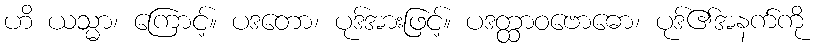
ဟိ ယသ္မာ၊ ကြောင့်။ ပဒတော၊ ပုဒ်အားဖြင့်။ ပဒတ္ထာဝဗောဓော၊ ပုဒ်၏အနက်ကို